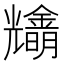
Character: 𠓓